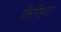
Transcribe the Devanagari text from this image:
किरिहरा